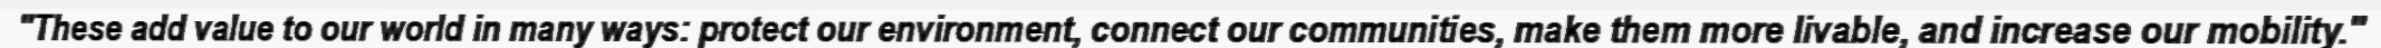
"These add value to our world in many ways: protect our environment, connect our communities, make them more livable, and increase our mobility."